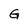
Character: G